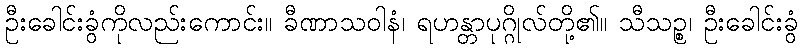
ဦးခေါင်းခွံကိုလည်းကောင်း။ ခီဏာသဝါနံ၊ ရဟန္တာပုဂ္ဂိုလ်တို့၏။ သီသဉ္စ၊ ဦးခေါင်းခွံ